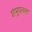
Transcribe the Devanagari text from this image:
शंभुधनला